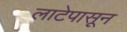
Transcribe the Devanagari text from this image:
लाटेपासून